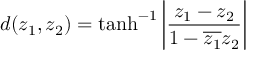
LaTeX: d ( z _ { 1 } , z _ { 2 } ) = \operatorname { t a n h } ^ { - 1 } \left| { \frac { z _ { 1 } - z _ { 2 } } { 1 - { \overline { { z _ { 1 } } } } z _ { 2 } } } \right|